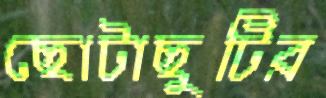
ছোটাছুটির